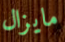
مايزال